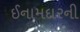
ઈનામદારની